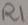
Text: R1